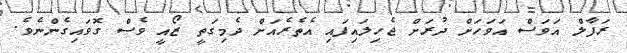
ރަފާލް އަވަސް އަވަހަށް ދުރަށް ޖެހިލައިފައި އެތެރެއަށް ދެމިގަތީ ޒޯއީ ވެސް ގޮވައިގެންނެވެ.